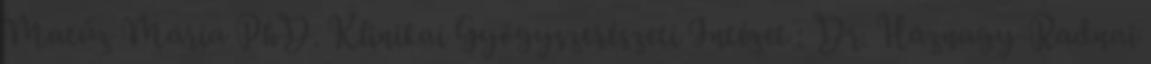
Matúz Mária PhD. Klinikai Gyógyszerészeti Intézet : Dr. Háznagy-Radnai